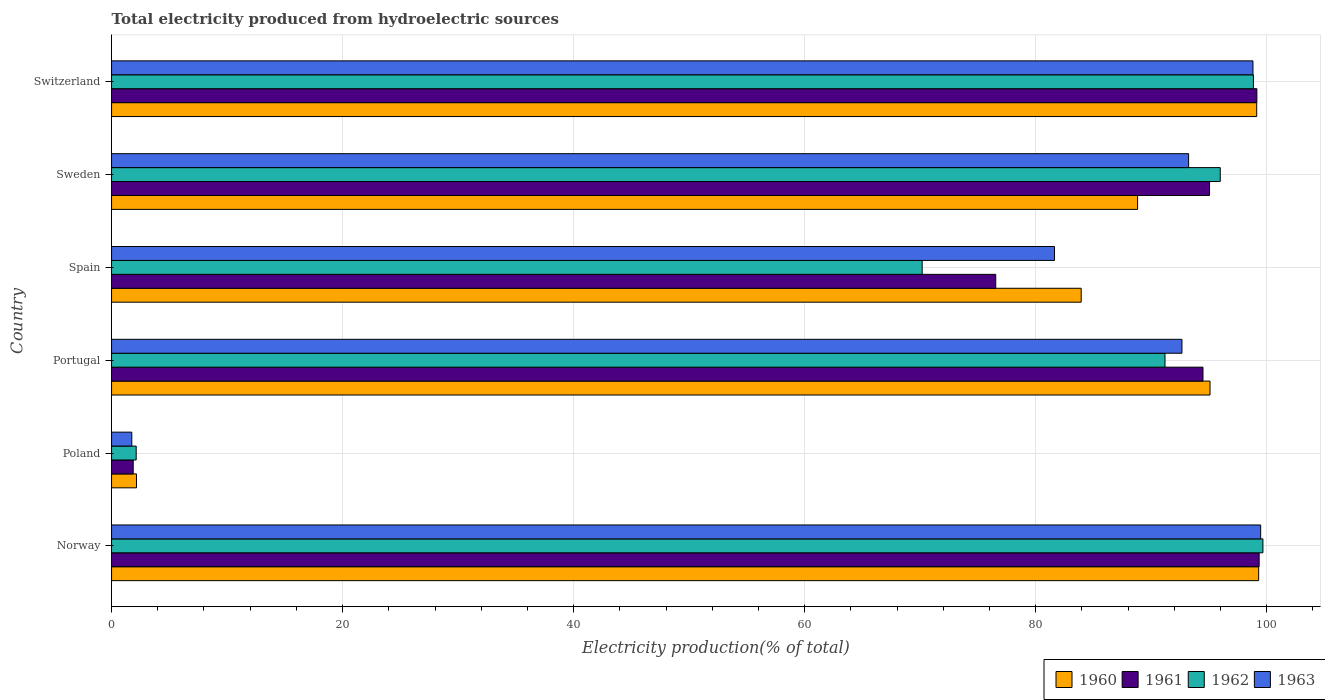
| Country | 1960 | 1961 | 1962 | 1963 |
 | --- | --- | --- | --- | --- |
 | Norway | 99.3 | 99.3 | 99.7 | 99.5 |
 | Poland | 2.16 | 1.87 | 2.13 | 1.75 |
 | Portugal | 95.1 | 94.5 | 91.2 | 92.7 |
 | Spain | 83.9 | 76.5 | 70.2 | 81.6 |
 | Sweden | 88.8 | 95 | 96 | 93.2 |
 | Switzerland | 99.1 | 99.1 | 98.8 | 98.8 |